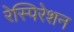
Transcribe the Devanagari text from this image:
रेस्पिरेशन